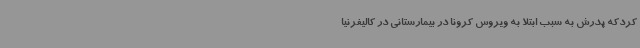
کردکه پدرش به سبب ابتلا به ویروس کرونا در بیمارستانی در کالیفرنیا